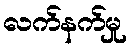
လက်နက်မှု